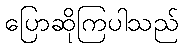
ပြောဆိုကြပါသည်